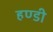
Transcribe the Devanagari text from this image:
हण्डी